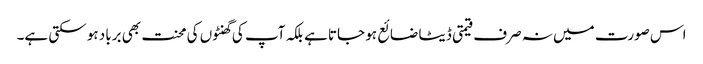
اس صورت میں نہ صرف قیمتی ڈیٹا ضائع ہو جاتا ہے بلکہ آپ کی گھنٹوں کی محنت بھی برباد ہو سکتی ہے۔